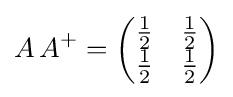
A\,A^{+}={\begin{pmatrix}{\frac {1}{2}}&{\frac {1}{2}}\\{\frac {1}{2}}&{\frac {1}{2}}\end{pmatrix}}